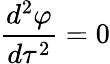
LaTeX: \frac{d^{2}\varphi}{d\tau^{2}}=0